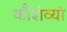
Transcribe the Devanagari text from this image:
कौशंव्यां